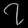
Digit: ၇